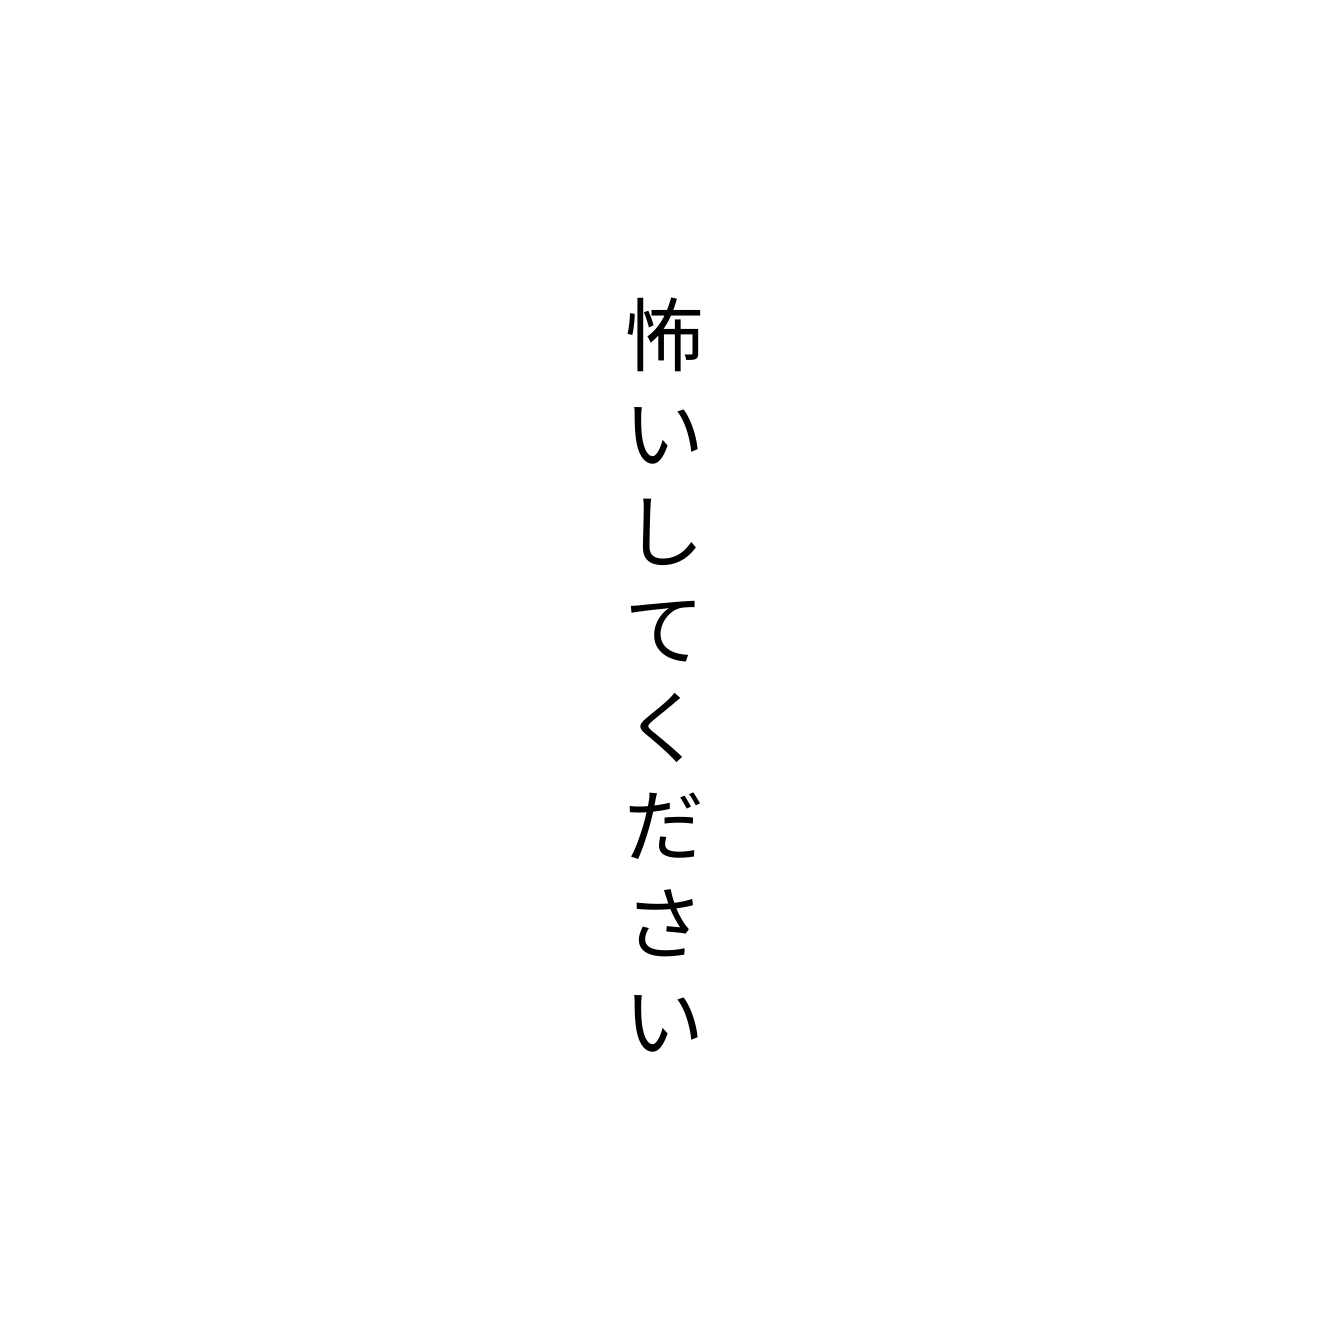
怖いしてください